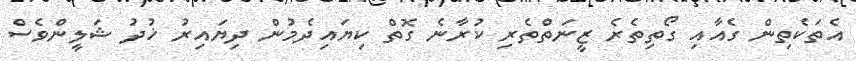
އެތަކެތިން ގެއާއި ގޯތިތެރެ ޒީނަތްތެރި ކުރާނެ ގޮތް ކިޔައިދެމުން ދިޔައިރު ޚުދު ޝަލީންވެސް